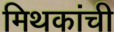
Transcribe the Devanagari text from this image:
मिथकांची